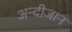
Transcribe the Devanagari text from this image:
अन्दीजान